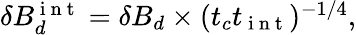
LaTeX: \begin{array}{r}{\delta B_{d}^{\mathrm{~i~n~t~}}=\delta B_{d}\times(t_{c}t_{\mathrm{~i~n~t~}})^{-1/4},}\end{array}